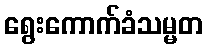
ရွေးကောက်ခံသမ္မတ